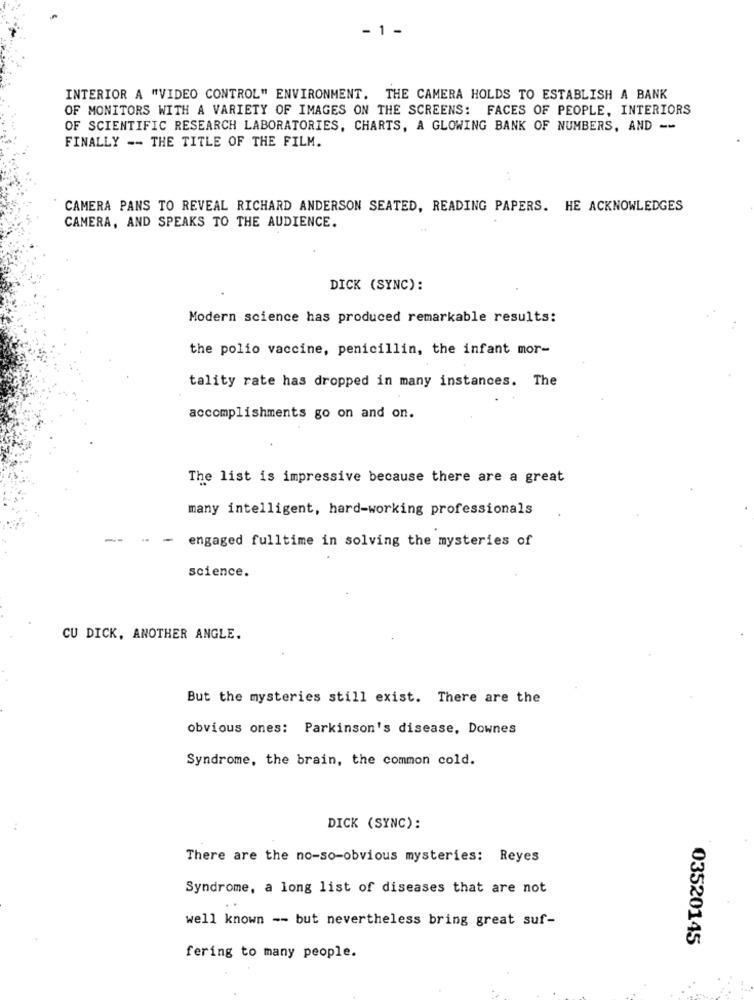
- 1 -
INTERIOR A "VIDEO CONTROL" ENVIRONMENT. THE CAMERA HOLDS TO ESTABLISH A BANK
OF MONITORS WITH A VARIETY OF IMAGES ON THE SCREENS: FACES OF PEOPLE, INTERIORS
OF SCIENTIFIC RESEARCH LABORATORIES, CHARTS, A GLOWING BANK OF NUMBERS, AND --
FINALLY -- THE TITLE OF THE FILM.
CAMERA PANS TO REVEAL RICHARD ANDERSON SEATED, READING PAPERS. HE ACKNOWLEDGES
CAMERA, AND SPEAKS TO THE AUDIENCE.
DICK (SYNC):
Modern science has produced remarkable results:
the polio vaccine, penicillin, the infant mor-
tality rate has dropped in many instances. The
accomplishments go on and on.
The list is impressive because there are a great
many intelligent, hard-working professionals
-
engaged fulltime in solving the mysteries of
science.
CU DICK, ANOTHER ANGLE.
But the mysteries still exist. There are the
obvious ones: Parkinson's disease, Downes
Syndrome, the brain, the common cold.
DICK (SYNC):
There are the no-so-obvious mysteries: Reyes
Syndrome, a long list of diseases that are not
well known -- but nevertheless bring great suf-
03520145
fering to many people.